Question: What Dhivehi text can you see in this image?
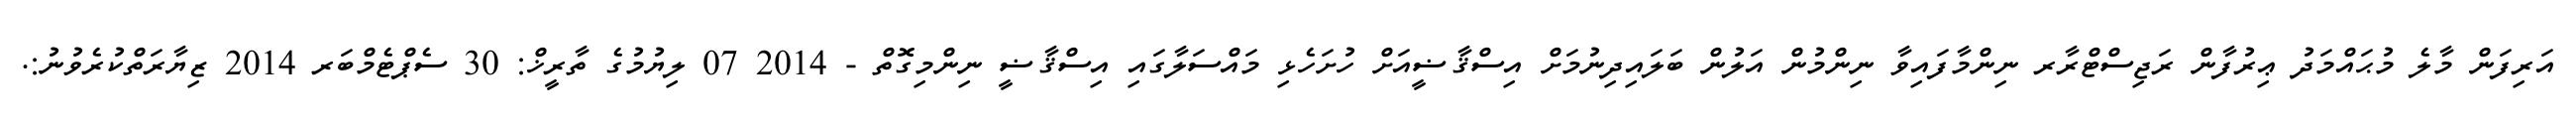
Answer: އަރިފަން މާލެ މުޙައްމަދު ޢިރުފާން ރަޖިސްޓްރާރ ނިންމާފައިވާ ނިންމުން އަލުން ބަލައިދިނުމަށް އިސްޤާޟީއަށް ހުށަހެޅި މައްސަލާގައި އިސްޤާޟީ ނިންމިގޮތް - 2014 07 ލިޔުމުގެ ތާރީޚް: 30 ސެޕްޓެމްބަރ 2014 ޒިޔާރަތްކުރެވުނު:.